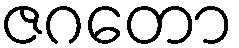
ဇဂတော